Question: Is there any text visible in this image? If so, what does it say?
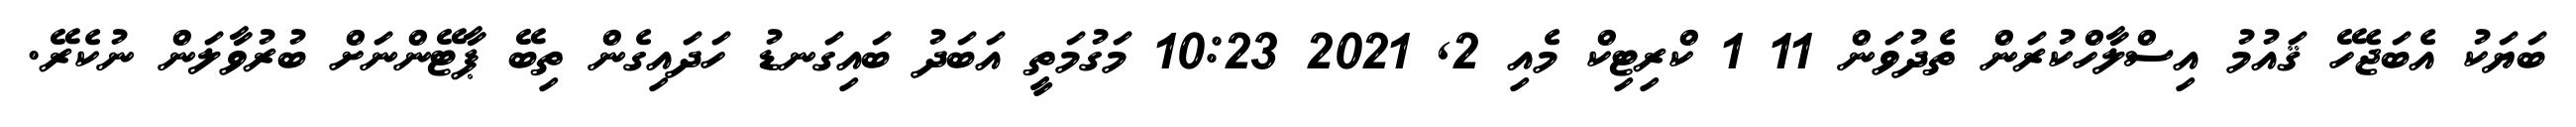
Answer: ބަޔަކު އެބަޖެހޭ ޤައުމު އިސްލާހްކުރަން ތެދުވަން 11 1 ކްރިޓިކް މެއި 2, 2021 10:23 މަގުމަތީ އަބަދު ބައިގަނޑު ހަދައިގެން ތިބޭ ޕާޓޭންނަށް ބުރުވާލަން ނުކެރޭ.